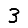
Digit: 3